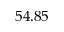
5 4 . 8 5